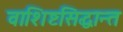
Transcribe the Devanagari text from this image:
वाशिष्टसिद्धान्त